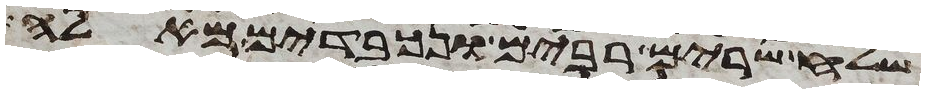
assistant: שלח שרים רבים ונכבדים מאלה